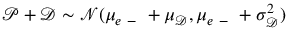
\mathscr P + \mathscr D \sim \mathcal N ( \mu _ { e \mathrm { ~ - ~ } } + \mu _ { \mathscr D } , \mu _ { e \mathrm { ~ - ~ } } + \sigma _ { \mathscr D } ^ { 2 } )